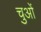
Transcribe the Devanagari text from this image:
चुओं